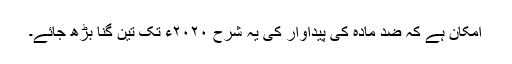
امکان ہے کہ ضد مادّہ کی پیداوار کی یہ شرح ٢٠٢٠ء تک تین گنا بڑھ جائے۔